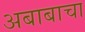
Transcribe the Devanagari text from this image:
अबाबाचा